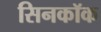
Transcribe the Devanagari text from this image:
सिनकॉक